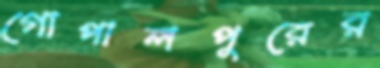
গোপালপুরের